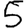
Digit: 5